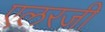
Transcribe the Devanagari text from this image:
एलरजी